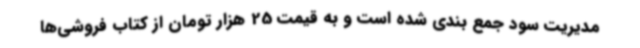
مدیریت سود جمع بندی شده است و به قیمت 25 هزار تومان از کتاب فروشی‌ها